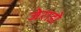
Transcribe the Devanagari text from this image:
जेराडो